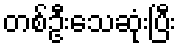
တစ်ဦးသေဆုံးပြီး